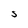
Character: S